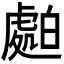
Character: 𧇤